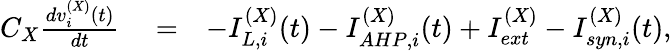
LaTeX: \begin{array}{rlr}{C_{X}\frac{dv_{i}^{(X)}(t)}{dt}}&{{}=}&{-I_{L,i}^{(X)}(t)-I_{AHP,i}^{(X)}(t)+I_{ext}^{(X)}-I_{syn,i}^{(X)}(t),}\end{array}